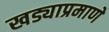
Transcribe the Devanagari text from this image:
खड्याप्रमाणे